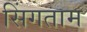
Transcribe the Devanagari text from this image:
सिंगताम